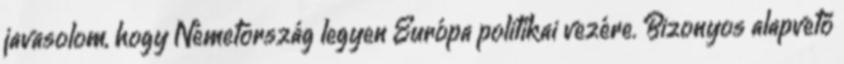
javasolom, hogy Németország legyen Európa politikai vezére. Bizonyos alapvető